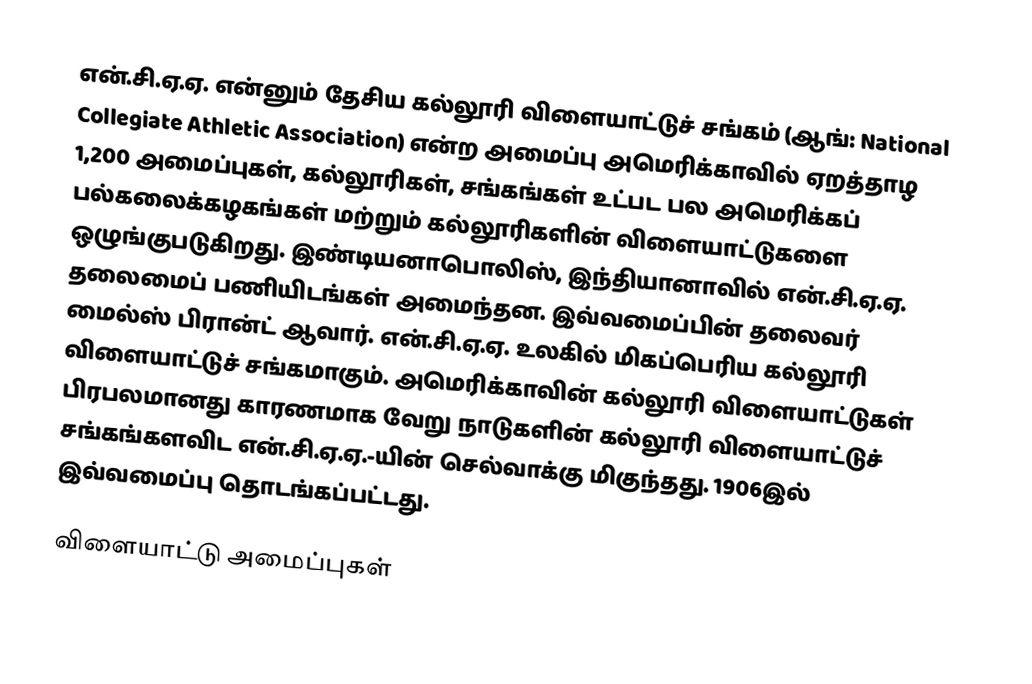
என்.சி.ஏ.ஏ. என்னும் தேசிய கல்லூரி விளையாட்டுச் சங்கம் (ஆங்: National Collegiate Athletic Association) என்ற அமைப்பு அமெரிக்காவில் ஏறத்தாழ 1,200 அமைப்புகள், கல்லூரிகள், சங்கங்கள் உட்பட பல அமெரிக்கப் பல்கலைக்கழகங்கள் மற்றும் கல்லூரிகளின் விளையாட்டுகளை ஒழுங்குபடுகிறது. இண்டியனாபொலிஸ், இந்தியானாவில் என்.சி.ஏ.ஏ. தலைமைப் பணியிடங்கள் அமைந்தன. இவ்வமைப்பின் தலைவர் மைல்ஸ் பிரான்ட் ஆவார். என்.சி.ஏ.ஏ. உலகில் மிகப்பெரிய கல்லூரி விளையாட்டுச் சங்கமாகும். அமெரிக்காவின் கல்லூரி விளையாட்டுகள் பிரபலமானது காரணமாக வேறு நாடுகளின் கல்லூரி விளையாட்டுச் சங்கங்களவிட என்.சி.ஏ.ஏ.-யின் செல்வாக்கு மிகுந்தது. 1906இல் இவ்வமைப்பு தொடங்கப்பட்டது.

விளையாட்டு அமைப்புகள்